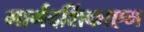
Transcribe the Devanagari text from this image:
मार्गदर्शिकाएम